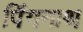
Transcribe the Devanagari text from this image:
पिंगनाथ